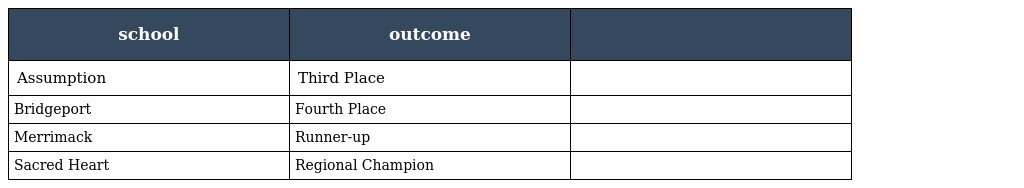
| school | outcome |  |
 | --- | --- | --- |
 | Assumption | Third Place |  |
 | Bridgeport | Fourth Place |  |
 | Merrimack | Runner-up |  |
 | Sacred Heart | Regional Champion |  |